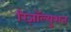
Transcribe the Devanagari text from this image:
रिज़ॉल्युशन